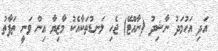
އަދި އަހުމަދު ނާޝިދު (ނާއްޓޭ) ޖެހި ލަނޑުތަކާއެކު މާޒިޔާ އިން ވަނީ ތަފާތު